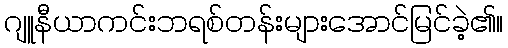
ဂျူနီယာကင်းဘရစ်တန်းများအောင်မြင်ခဲ့၏။